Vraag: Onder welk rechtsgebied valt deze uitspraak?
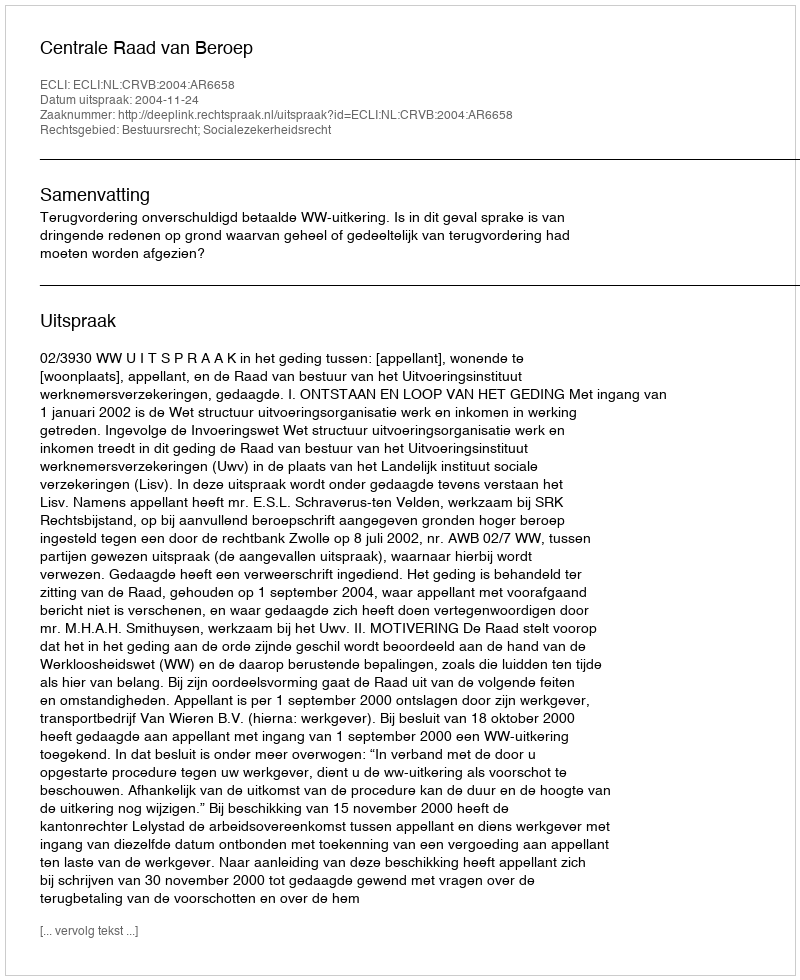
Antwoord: Bestuursrecht; Socialezekerheidsrecht